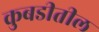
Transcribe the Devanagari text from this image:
कुबडीतील